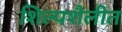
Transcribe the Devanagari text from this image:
शिल्पशैलीत